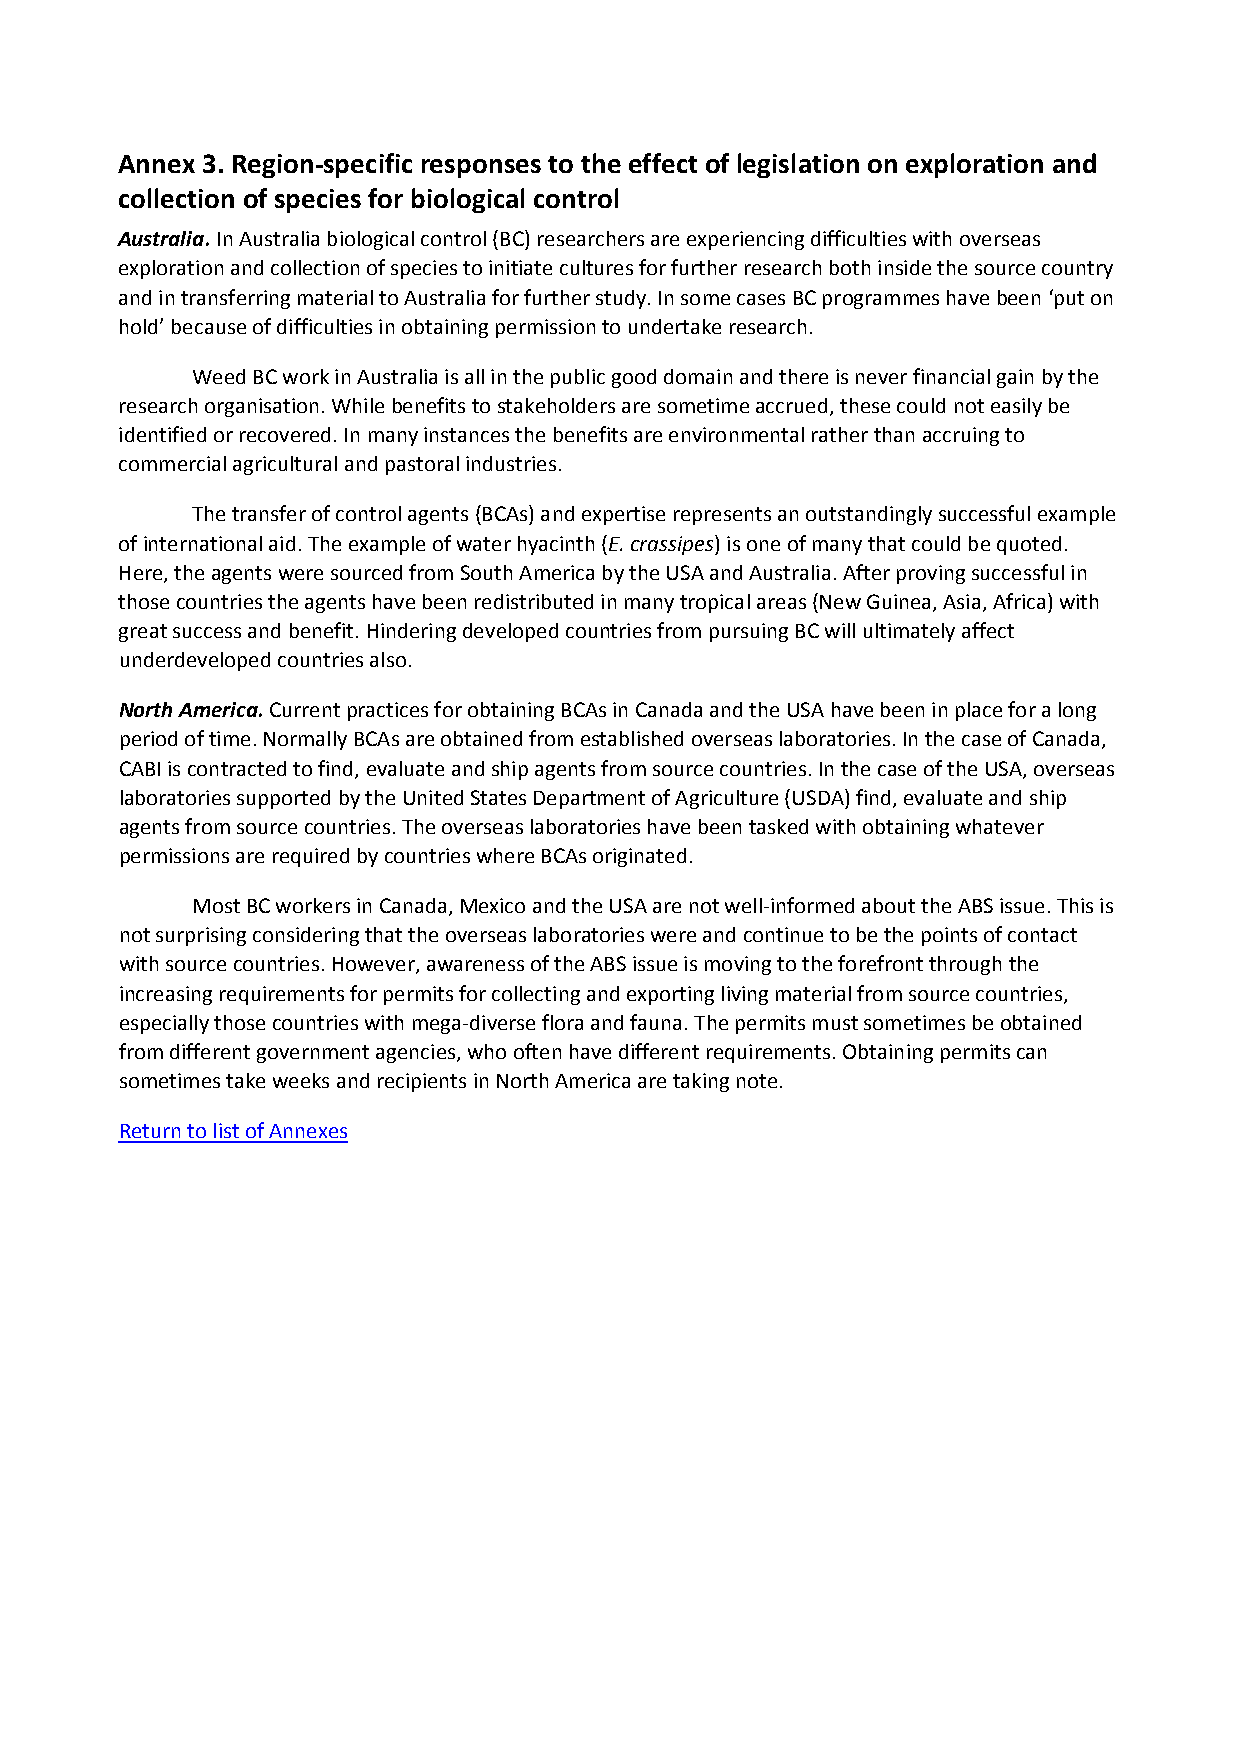
Annex 3. Region‐specific responses to the effect of legislation on exploration and
 collection of species for biological control
 Australia. In Australia biological control (BC) researchers are experiencing difficulties with overseas
 exploration and collection of species to initiate cultures for further research both inside the source country
 and in transferring material to Australia for further study. In some cases BC programmes have been ‘put on
 hold’ because of difficulties in obtaining permission to undertake research.
 Weed BC work in Australia is all in the public good domain and there is never financial gain by the
 research organisation. While benefits to stakeholders are sometime accrued, these could not easily be
 identified or recovered. In many instances the benefits are environmental rather than accruing to
 commercial agricultural and pastoral industries.
 The transfer of control agents (BCAs) and expertise represents an outstandingly successful example
 of international aid. The example of water hyacinth (E. crassipes) is one of many that could be quoted.
 Here, the agents were sourced from South America by the USA and Australia. After proving successful in
 those countries the agents have been redistributed in many tropical areas (New Guinea, Asia, Africa) with
 great success and benefit. Hindering developed countries from pursuing BC will ultimately affect
 underdeveloped countries also.
 North America. Current practices for obtaining BCAs in Canada and the USA have been in place for a long
 period of time. Normally BCAs are obtained from established overseas laboratories. In the case of Canada,
 CABI is contracted to find, evaluate and ship agents from source countries. In the case of the USA, overseas
 laboratories supported by the United States Department of Agriculture (USDA) find, evaluate and ship
 agents from source countries. The overseas laboratories have been tasked with obtaining whatever
 permissions are required by countries where BCAs originated.
 Most BC workers in Canada, Mexico and the USA are not well‐informed about the ABS issue. This is
 not surprising considering that the overseas laboratories were and continue to be the points of contact
 with source countries. However, awareness of the ABS issue is moving to the forefront through the
 increasing requirements for permits for collecting and exporting living material from source countries,
 especially those countries with mega‐diverse flora and fauna. The permits must sometimes be obtained
 from different government agencies, who often have different requirements. Obtaining permits can
 sometimes take weeks and recipients in North America are taking note.
 Return to list of Annexes